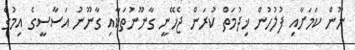
ނޫން ކަމަށާއި ފުލުހުން ޚިދުމަތް ކުރަން ޖެހޭނީ ގާނޫނުތަކާއި ގާނޫނު އަސާސީގެ އިމުގެ